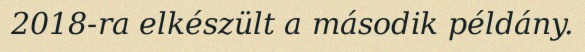
2018-ra elkészült a második példány.